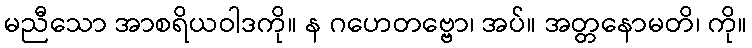
မညီသော အာစရိယဝါဒကို။ န ဂဟေတဗ္ဗော၊ အပ်။ အတ္တနောမတိ၊ ကို။